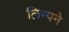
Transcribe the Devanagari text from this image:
लिम्पने